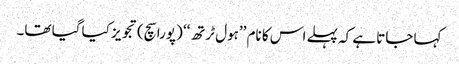
کہا جاتا ہے کہ پہلے اس کا نام ’’ہول ٹرتھ‘‘ (پورا سچ) تجویز کیا گیا تھا۔